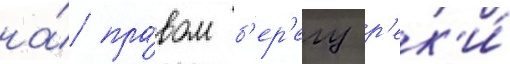
на́ пра́вом б'ер'егу р'ек'и́